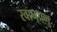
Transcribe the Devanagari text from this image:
रवानप्रभु